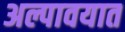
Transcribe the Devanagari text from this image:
अल्पावयात